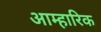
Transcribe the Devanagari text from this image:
आम्हारिक